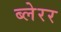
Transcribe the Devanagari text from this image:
ब्लेरर